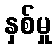
နှစ်မှု